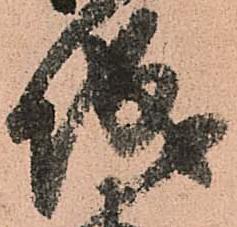
城